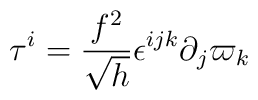
\tau^i = \frac{f^2}{\sqrt{h}} \epsilon^{ijk} \partial_j \varpi_k